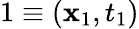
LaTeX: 1\equiv(\boldsymbol{\mathbf{x}}_{1},t_{1})